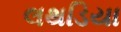
લથડિયા